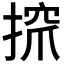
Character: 𢱑